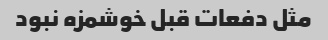
مثل دفعات قبل خوشمزه نبود